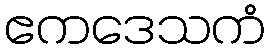
ဧကဒေသကံ